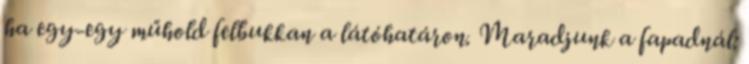
ha egy-egy műhold felbukkan a látóhatáron. Maradjunk a fapadnál: